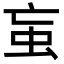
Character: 䖟